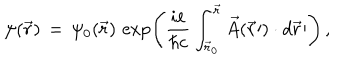
\psi ( \vec { r } ) \, = \, \psi _ { 0 } ( \vec { r } ) \, \exp \left( \frac { i e } { \hbar c } \int _ { { \vec { r } } _ { 0 } } ^ { \vec { r } } \vec { A } ( \vec { r } \prime ) \cdot d \vec { r } \prime \right) \, ,